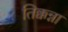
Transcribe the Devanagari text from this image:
तिक्कन्ना